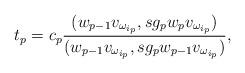
LaTeX: \begin{align*}t_p=c_p\frac{(w_{p-1}v_{\omega_{i_p}},sg_pw_p v_{\omega_{i_p}})}{(w_{p-1}v_{\omega_{i_p}},sg_pw_{p-1} v_{\omega_{i_p}})},\end{align*}